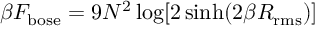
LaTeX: \beta F _ { \mathrm { b o s e } } = 9 N ^ { 2 } \log [ 2 \sinh ( 2 \beta R _ { \mathrm { r m s } } ) ]